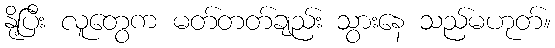
နို့ပြီး လူတွေက မတ်တတ်ချည်း သွားနေ သည်မဟုတ်။